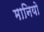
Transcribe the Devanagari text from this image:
मानियो